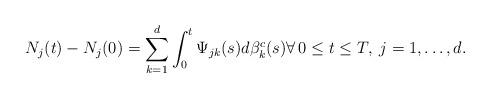
LaTeX: \begin{align*} N_j(t)-N_j(0)=\sum_{k=1}^d\int_0^t\Psi_{jk}(s)d\beta^c_k(s) \forall \, 0\le t \le T, \; j=1,\dots,d. \end{align*}